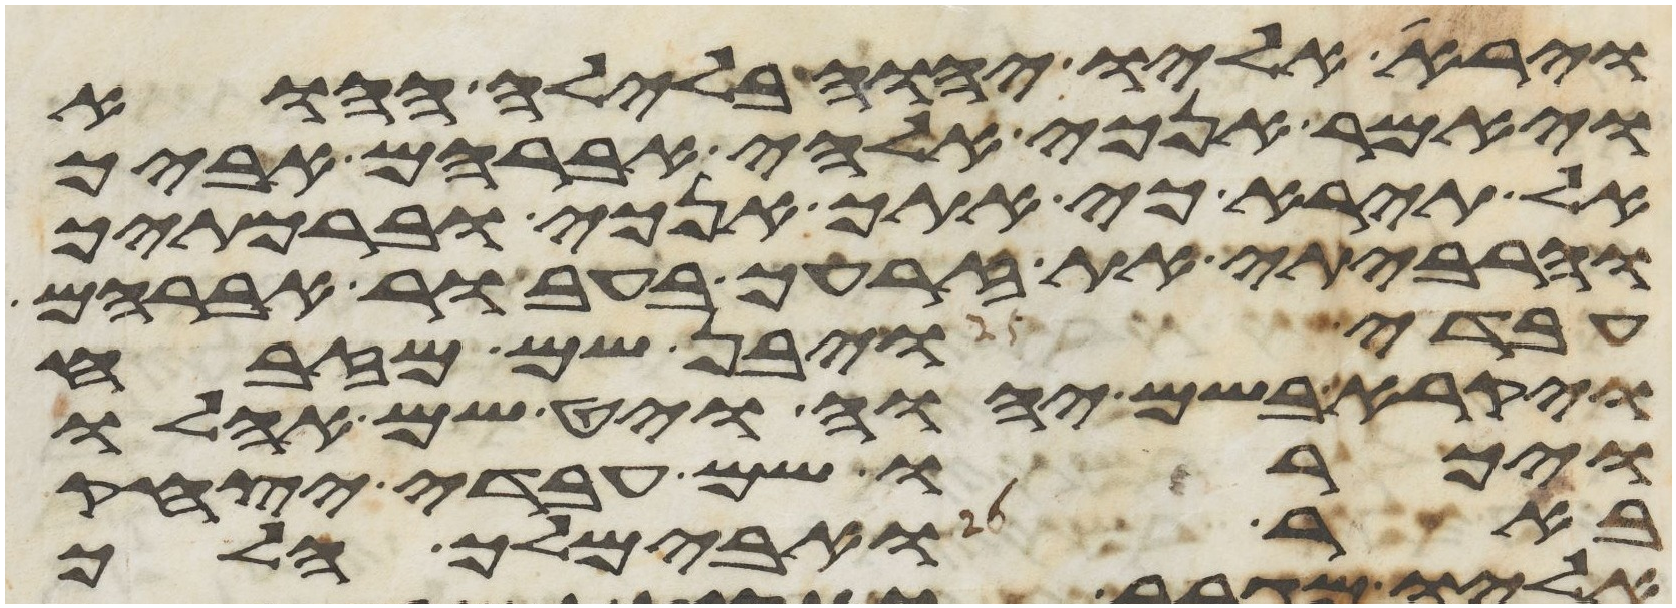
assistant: וירא אליו יהוה בלילה ההוא
ויאמר אנכי אלהי אברהם אביך
אל תירא כי אתך אנכי וברכתיך
והרביתי את זרעך בעבור אברהם
עבדי ויבן שם מזבח
ויקרא בשם יהוה ויט שם אהלו
ויכרו שם עבדי יצחק
באר ואבימלך הלך